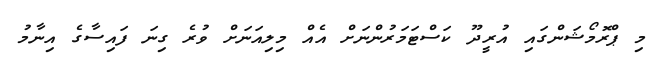
މި ޕްރޮމޯޝަންގައި އުރީދޫ ކަސްޓަމަރުންނަށް އެއް މިލިއަނަށް ވުރެ ގިނަ ފައިސާގެ އިނާމު